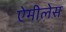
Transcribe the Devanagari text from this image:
ऐमीलेस